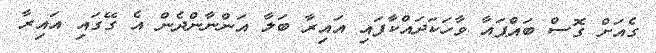
ގެއަށް ގޮސް ބައްޕައާ ވާހަކަދައްކާފައި އައިރާ ބަލާ އަންނާންދެން އެ ގޭގައި އައިރާ